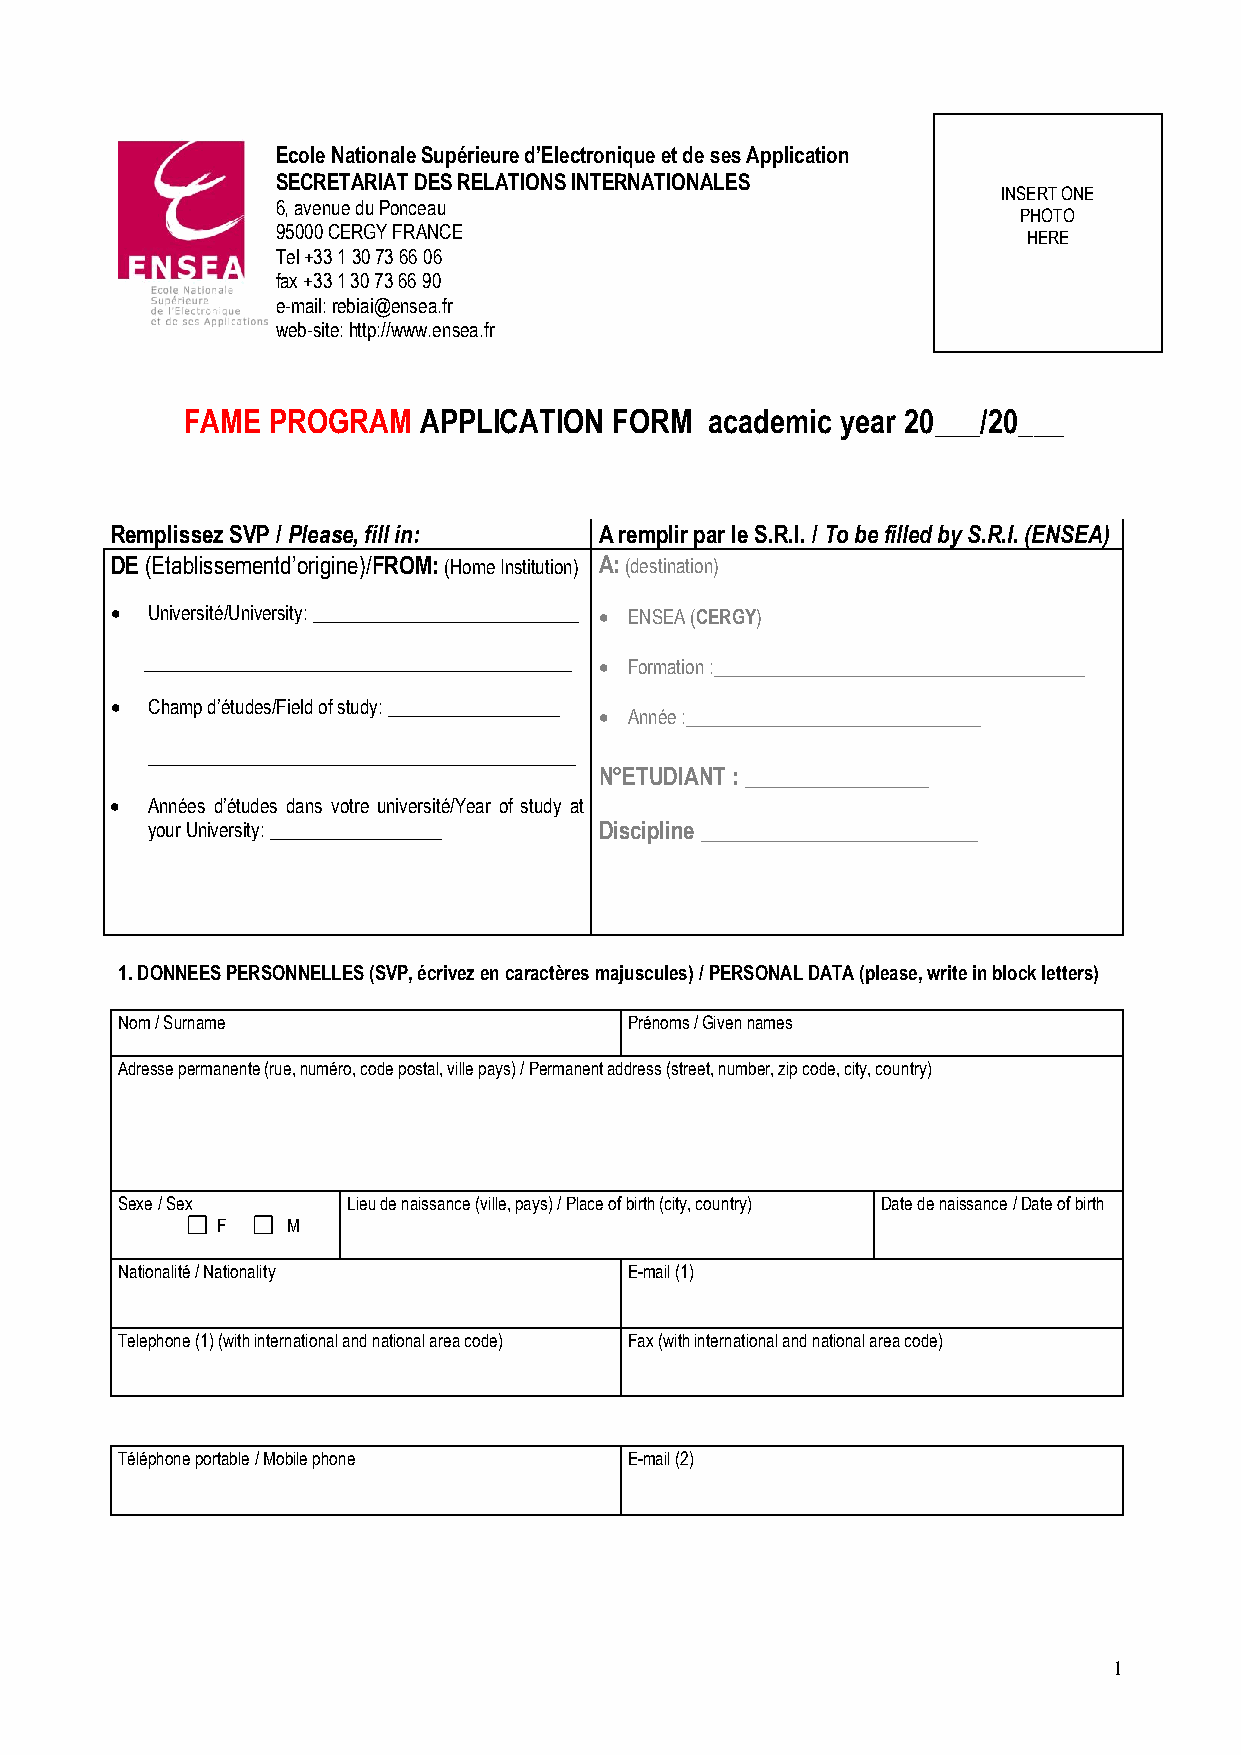
Ecole Nationale Supérieure d’Electronique et de ses Application
 SECRETARIAT DES RELATIONS INTERNATIONALES
 INSERT ONE
 6, avenue du Ponceau
 PHOTO
 95000 CERGY FRANCE
 HERE
 Tel +33 1 30 73 66 06
 fax +33 1 30 73 66 90
 e-mail: rebiai@ensea.fr
 web-site: http://www.ensea.fr
 FAME  PROGRAM   APPLICATION  FORM  academic year 20___/20___
 Remplissez SVP / Please, fill in: A remplir par le S.R.I. / To be filled by S.R.I. (ENSEA)
 DE (Etablissementd’origine)/FROM: (Home Institution) A: (destination)
   Université/University: ____________________________  ENSEA (CERGY)
 _____________________________________________  Formation :_______________________________________
   Champ d’études/Field of study: __________________
  Année :_______________________________
 _____________________________________________
 N°ETUDIANT : ________________
   Années d’études dans votre université/Year of study at
 your University: __________________ Discipline ________________________
 1. DONNEES PERSONNELLES (SVP, écrivez en caractères majuscules) / PERSONAL DATA (please, write in block letters)
 Nom / Surname                     Prénoms / Given names
 Adresse permanente (rue, numéro, code postal, ville pays) / Permanent address (street, number, zip code, city, country)
 Sexe / Sex     Lieu de naissance (ville, pays) / Place of birth (city, country) Date de naissance / Date of birth
 F    M
 Nationalité / Nationality         E-mail (1)
 Telephone (1) (with international and national area code) Fax (with international and national area code)
 Téléphone portable / Mobile phone E-mail (2)
 1